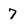
Character: 7